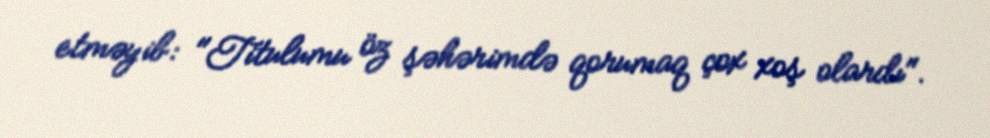
etməyib: "Titulumu öz şəhərimdə qorumaq çox xoş olardı".